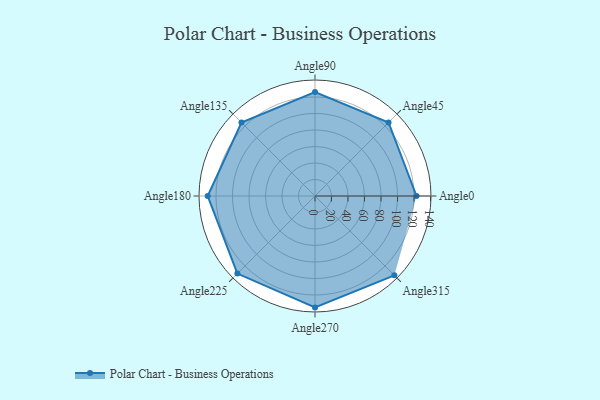
{"axis": {"x": "Angle", "y": "Radius"}, "legend": [""], "data": [{"x": "Angle0", "y": 123.0, "type": ""}, {"x": "Angle45", "y": 126.0, "type": ""}, {"x": "Angle90", "y": 126.0, "type": ""}, {"x": "Angle135", "y": 126.0, "type": ""}, {"x": "Angle180", "y": 130.0, "type": ""}, {"x": "Angle225", "y": 133.0, "type": ""}, {"x": "Angle270", "y": 135.0, "type": ""}, {"x": "Angle315", "y": 136.0, "type": ""}]}